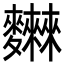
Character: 𪎂